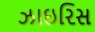
ઝાઇરિસ